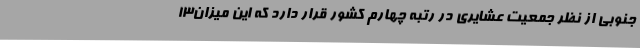
جنوبی از نظر جمعیت عشایری در رتبه چهارم کشور قرار دارد که این میزان13